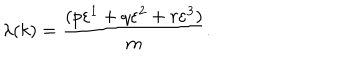
\lambda ( k ) = \frac { ( p \varepsilon ^ { 1 } + q \varepsilon ^ { 2 } + r \varepsilon ^ { 3 } ) } { m } .